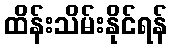
ထိန်းသိမ်းနိုင်ရန်